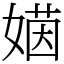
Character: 𡟻